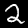
Digit: 2